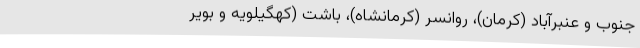
جنوب و عنبرآباد (کرمان)، روانسر (کرمانشاه)، باشت (کهگیلویه و بویر